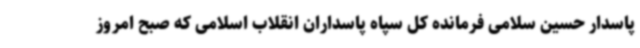
پاسدار حسین سلامی فرمانده کل سپاه پاسداران انقلاب اسلامی که صبح امروز